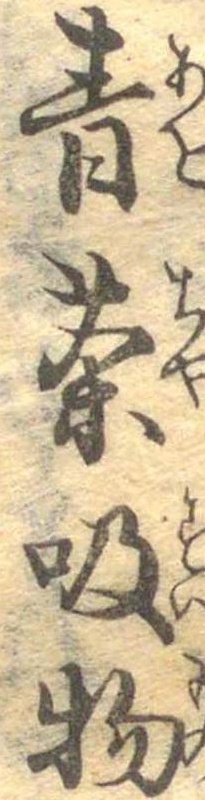
青茶吸物